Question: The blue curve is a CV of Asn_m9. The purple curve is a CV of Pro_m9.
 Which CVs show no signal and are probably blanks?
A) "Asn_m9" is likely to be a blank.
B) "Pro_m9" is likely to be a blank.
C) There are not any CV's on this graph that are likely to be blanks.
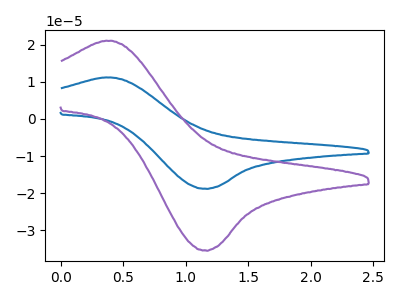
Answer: <think>The blue curve "Asn_m9" has an anodic peak at (0.35V, 11.15uA) and a cathodic peak at (1.15V, -18.75uA). The purple curve "Pro_m9" has an anodic peak at (0.35V, 21.05uA) and a cathodic peak at (1.15V, -35.35uA).</think>
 <answer>C) There are not any CV's on this graph that are likely to be blanks.</answer>
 <eval>C</eval>